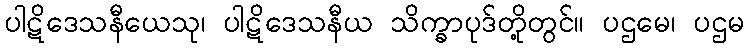
ပါဋိဒေသနီယေသု၊ ပါဋိဒေသနီယ သိက္ခာပုဒ်တို့တွင်။ ပဌမေ၊ ပဌမ